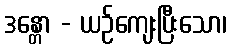
ဒန္တော - ယဉ်ကျေးပြီးသော၊